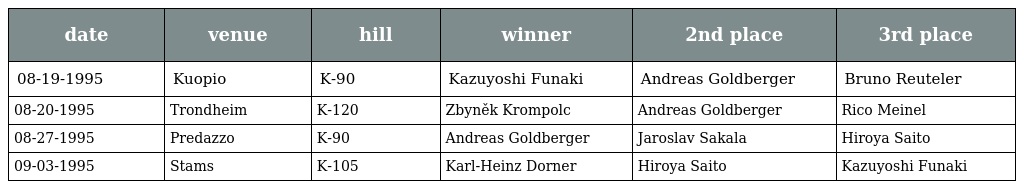
| date | venue | hill | winner | 2nd place | 3rd place |
 | --- | --- | --- | --- | --- | --- |
 | 08-19-1995 | Kuopio | K-90 | Kazuyoshi Funaki | Andreas Goldberger | Bruno Reuteler |
 | 08-20-1995 | Trondheim | K-120 | Zbyněk Krompolc | Andreas Goldberger | Rico Meinel |
 | 08-27-1995 | Predazzo | K-90 | Andreas Goldberger | Jaroslav Sakala | Hiroya Saito |
 | 09-03-1995 | Stams | K-105 | Karl-Heinz Dorner | Hiroya Saito | Kazuyoshi Funaki |